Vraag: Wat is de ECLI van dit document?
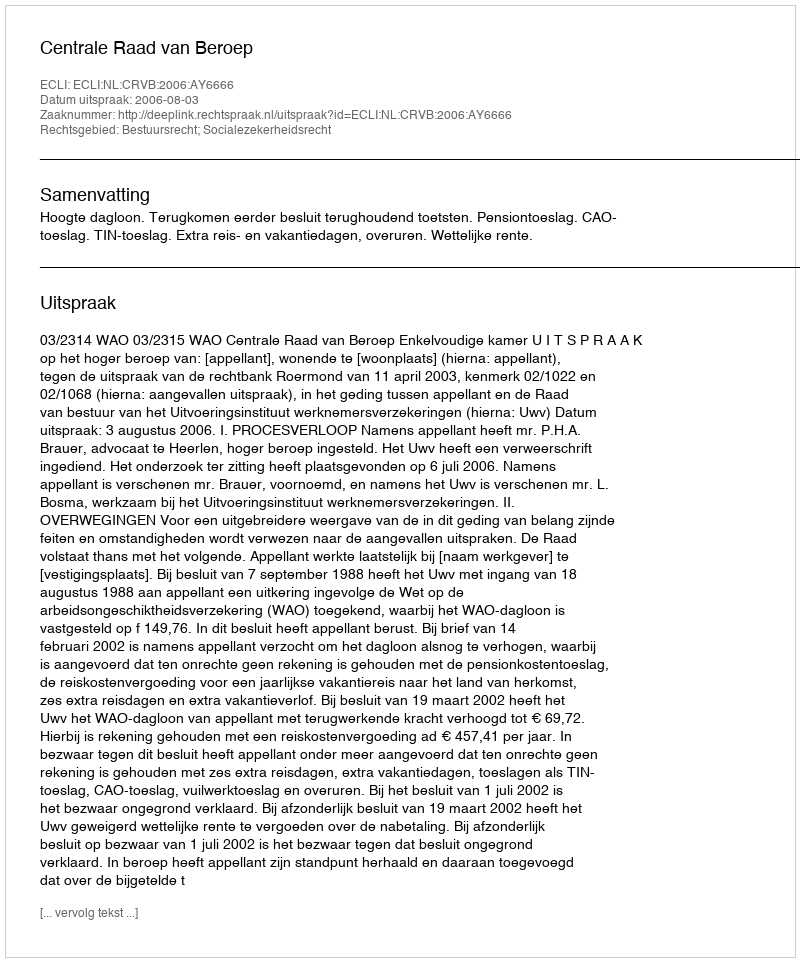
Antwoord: ECLI:NL:CRVB:2006:AY6666